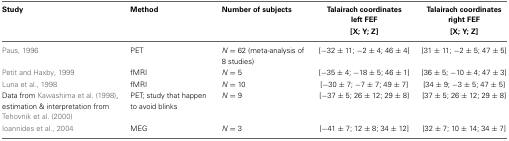
<table><thead><tr><td><b>Study</b></td><td><b>Method</b></td><td><b>Number of subjects</b></td><td><b>Talairach coordinates left FEF [X; Y; Z]</b></td><td><b>Talairach coordinates right FEF [X; Y; Z]</b></td></tr></thead><tbody><tr><td>Paus, 1996</td><td>PET</td><td><i>N</i> = 62 (meta-analysis of 8 studies)</td><td>[−32 ± 11; −2 ± 4; 46 ± 4]</td><td>[31 ± 11; −2 ± 5; 47 ± 5]</td></tr><tr><td>Petit and Haxby, 1999</td><td>fMRI</td><td><i>N</i> = 5</td><td>[−35 ± 4; −18 ± 5; 46 ± 1]</td><td>[36 ± 5; −10 ± 4; 47 ± 3]</td></tr><tr><td>Luna et al., 1998</td><td>fMRI</td><td><i>N</i> = 10</td><td>[−30 ± 7; −7 ± 7; 49 ± 7]</td><td>[34 ± 9; −3 ± 5; 47 ± 5]</td></tr><tr><td>Data from Kawashima et al. (1998), estimation &amp; interpretation from Tehovnik et al. (2000)</td><td>PET; study that happen to avoid blinks</td><td><i>N</i> = 9</td><td>[−37 ± 5; 26 ± 12; 29 ± 8]</td><td>[37 ± 5; 26 ± 12; 29 ± 8]</td></tr><tr><td>Ioannides et al., 2004</td><td>MEG</td><td><i>N</i> = 3</td><td>[−41 ± 7; 12 ± 8; 34 ± 12]</td><td>[32 ± 7; 10 ± 14; 34 ± 7]</td></tr></tbody></table>